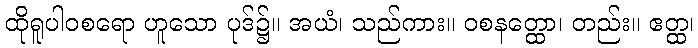
ထိုရူပါဝစရော ဟူသော ပုဒ်၌။ အယံ၊ သည်ကား။ ဝစနတ္ထော၊ တည်း။ ဧတ္ထ၊